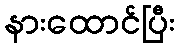
နားထောင်ပြီး